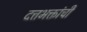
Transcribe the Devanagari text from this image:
दत्तभक्तांची